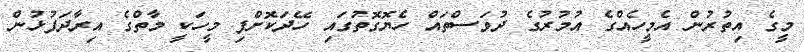
މީގެ އިތުރުން އެމީހެއްގެ އުމުރުގެ ދުވަސްތައް ހެޔޮގޮތުގައި ހޭދަކޮށްފި މީހަކީ މާތްގެ އިރާދަފުޅުން